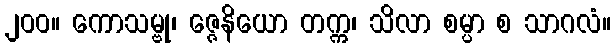
၂၀၀။ ကောသမ္ဗု၊ ဇ္ဇေနိယော တက္က၊ သိလာ စမ္ပာ စ သာဂလံ။